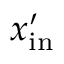
x _ { \mathrm { i n } } ^ { \prime }